Report of the Indian Hemp Drugs Commission, 1894-1895 - Volume I
Year: 1894
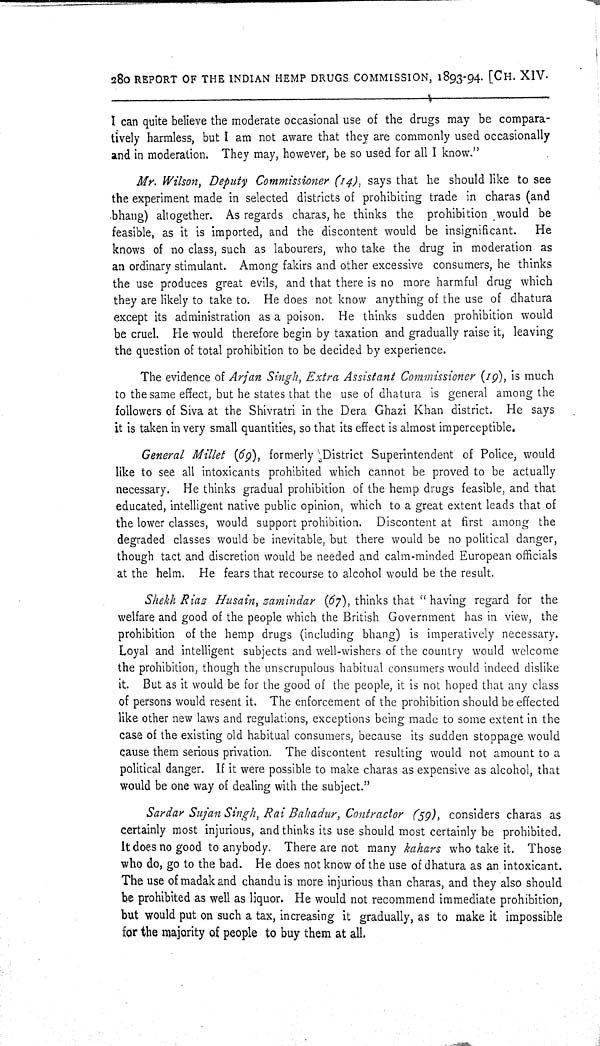
280 REPORT OF THE INDIAN HEMP DRUGS COMMISSION, 1893-94. [CH. XIV.
I can quite believe the moderate occasional use of the drugs may be compara-
tively harmless, but I am not aware that they are commonly used occasionally
and in moderation. They may, however, be so used for all I know."
Mr. Wilson, Deputy Commissioner (14), says that he should like to see
the experiment made in selected districts of prohibiting trade in charas (and
bhang) altogether. As regards charas, he thinks the prohibition would be
feasible, as it is imported, and the discontent would be insignificant.
He
knows of no class, such as labourers, who take the drug in moderation as
an ordinary stimulant. Among fakirs and other excessive consumers, he thinks
the use produces great evils, and that there is no more harmful drug which
they are likely to take to. He does not know anything of the use of dhatura
except its administration as a poison. He thinks sudden prohibition would
be cruel. He would therefore begin by taxation and gradually raise it, leaving
the question of total prohibition to be decided by experience.
The evidence of Arjan Singh, Extra Assistant Commissioner (19), is much
to the same effect, but he states that the use of dhatura is general among the
followers of Siva at the Shivratri in the Dera Ghazi Khan district. He says
it is taken in very small quantities, so that its effect is almost imperceptible.
General Millet (69), formerly District Superintendent of Police, would
like to see all intoxicants prohibited which cannot be proved to be actually
necessary. He thinks gradual prohibition of the hemp drugs feasible, and that
educated, intelligent native public opinion, which to a great extent leads that of
the lower classes, would support prohibition. Discontent at first among the
degraded classes would be inevitable, but there would be no political danger,
though tact and discretion would be needed and calm-minded European officials
at the helm. He fears that recourse to alcohol would be the result.
Shekh Riaz Husain, zamindar (67), thinks that "having regard for the
welfare and good of the people which the British Government has in view, the
prohibition of the hemp drugs (including bhang) is imperatively necessary.
Loyal and intelligent subjects and well-wishers of the country would welcome
the prohibition, though the unscrupulous habitual consumers would indeed dislike
it. But as it would be for the good of the people, it is not hoped that any class
of persons would resent it. The enforcement of the prohibition should be effected
like other new laws and regulations, exceptions being made to some extent in the
case of the existing old habitual consumers, because its sudden stoppage would
cause them serious privation. The discontent resulting would not amount to a
political danger. If it were possible to make charas as expensive as alcohol, that
would be one way of dealing with the subject."
Sardar Sujan Singh, Rai Bahadur, Contractor (59), considers charas as
certainly most injurious, and thinks its use should most certainly be prohibited.
It does no good to anybody. There are not many kahars who take it. Those
who do, go to the bad. He does not know of the use of dhatura as an intoxicant.
The use of madak and chandu is more injurious than charas, and they also should
be prohibited as well as liquor. He would not recommend immediate prohibition,
but would put on such a tax, increasing it gradually, as to make it impossible
for the majority of people to buy them at all.